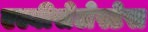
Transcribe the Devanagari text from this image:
एल्बीसेलेस्टेस